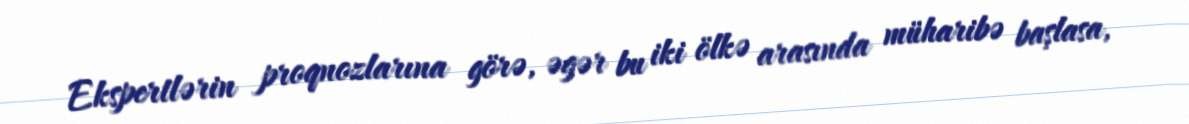
Ekspertlərin proqnozlarına görə, əgər bu iki ölkə arasında müharibə başlasa,